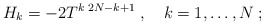
\begin{align*} H_k = -2 T^{k\; 2N-k+1}\;, \quad k=1,\ldots, N\;;\end{align*}